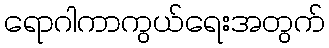
ရောဂါကာကွယ်ရေးအတွက်